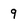
Character: 9